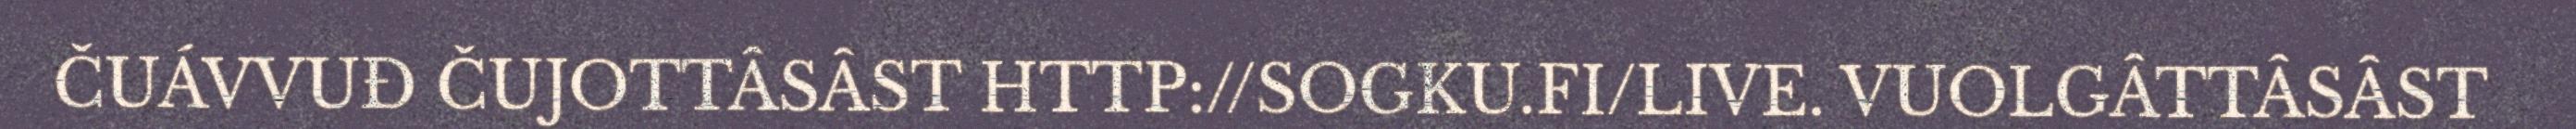
ČUÁVVUĐ ČUJOTTÂSÂST HTTP://SOGKU.FI/LIVE. VUOLGÂTTÂSÂST